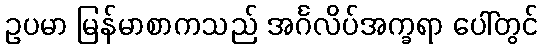
ဥပမာ မြန်မာစာကသည် အင်္ဂလိပ်အက္ခရာ ပေါ်တွင်